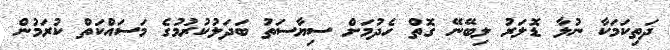
ދަތިކަމަކާ ނުލާ ޑޮލަރު ލިބޭނޭ ގޮތް ހެދުމަށް ސިޔާސަތު ބަދަލުކުރުމުގެ މަސައްކަތް ކުރަމުން